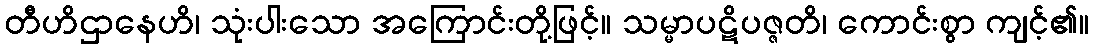
တီဟိဌာနေဟိ၊ သုံးပါးသော အကြောင်းတို့ဖြင့်။ သမ္မာပဋိပဇ္ဇတိ၊ ကောင်းစွာ ကျင့်၏။